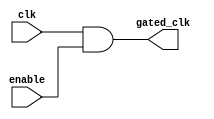
module ClockGatingCell (
    input wire clk,          // Input clock
    input wire enable,       // Gating signal (enable)
    output wire gated_clk    // Gated clock output
);

    assign gated_clk = clk & enable; // AND gate for clock gating

endmodule